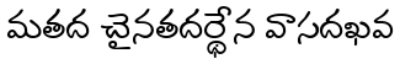
మతద చైనతదర్థేన వాసదఖవ